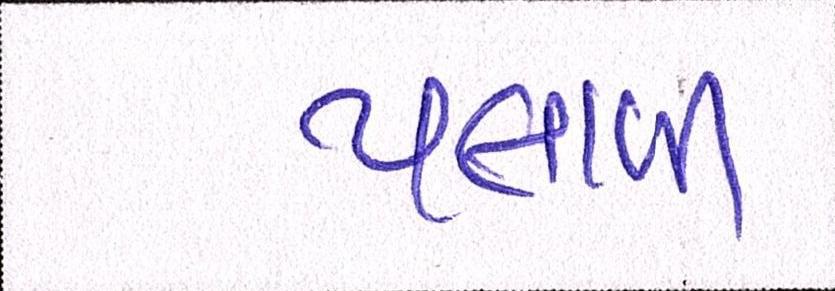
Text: પલાળી